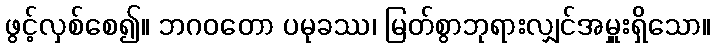
ဖွင့်လှစ်စေ၍။ ဘဂဝတော ပမုခဿ၊ မြတ်စွာဘုရားလျှင်အမှူးရှိသော။